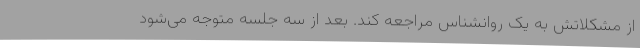
از مشکلاتش به یک روانشناس مراجعه کند. بعد از سه جلسه متوجه می‌شود